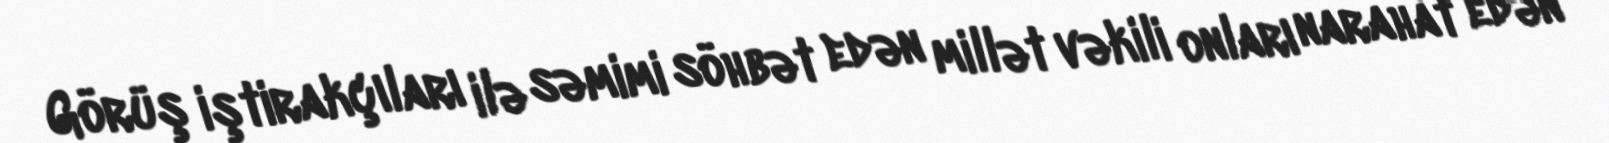
Görüş iştirakçıları ilə səmimi söhbət edən millət vəkili onları narahat edən